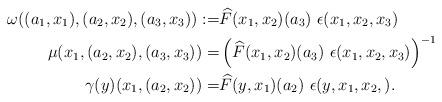
LaTeX: \begin{align*} \omega((a_1,x_1),(a_2,x_2),(a_3,x_3)) := & \widehat{F}(x_1,x_2)(a_3) \ \epsilon(x_1,x_2,x_3)\\ \mu(x_1, (a_2,x_2),(a_3,x_3)) =& \left(\widehat{F}(x_1,x_2)(a_3)\ \epsilon(x_1,x_2,x_3) \right)^{-1}\\ \gamma(y)(x_1,(a_2,x_2))=& \widehat{F}(y,x_1)(a_2)\ \epsilon(y,x_1,x_2,). \end{align*}